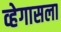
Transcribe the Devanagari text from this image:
व्हेगासला